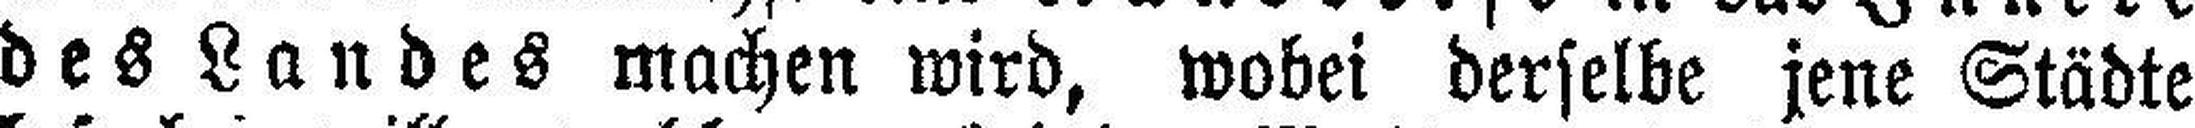
des Landes machen wird, wobei derselbe jene Städte